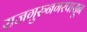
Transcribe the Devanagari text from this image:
राजगुरुनगरपासून